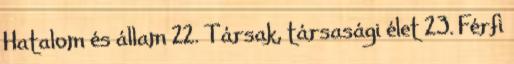
Hatalom és állam 22. Társak, társasági élet 23. Férfi